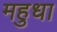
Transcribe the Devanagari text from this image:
महुधा